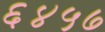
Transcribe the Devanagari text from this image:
६४५७